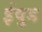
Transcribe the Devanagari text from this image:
ईवुड